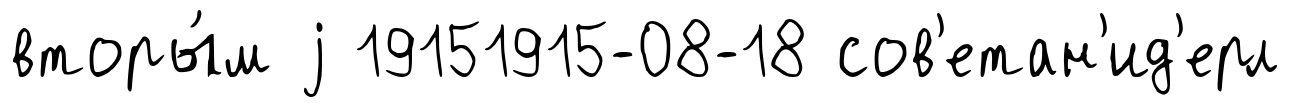
вторы́м j 19151915-08-18 сов'етан'ид'ерл